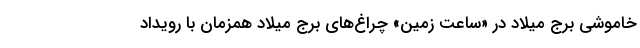
خاموشی برج میلاد در «ساعت زمین» چراغ‌های برج میلاد همزمان با رویداد